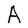
Character: A